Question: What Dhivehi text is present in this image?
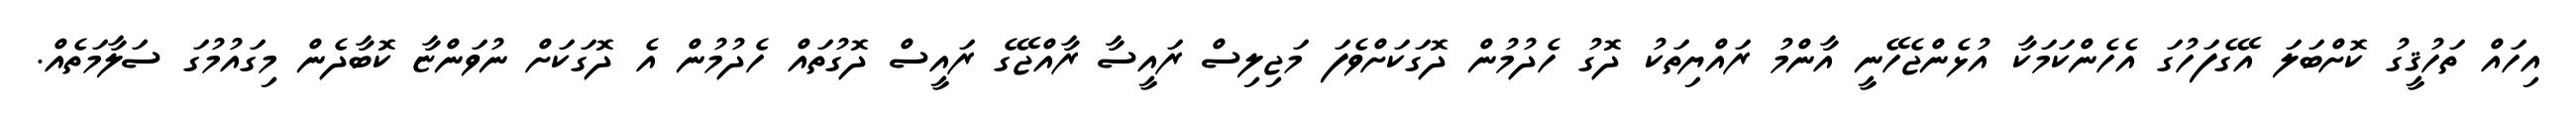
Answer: އިހައް ތަހުޤީގު ކޮށްބަލަ އޭގެފަހުގަ އެހެންކަމަކާ އުޅެންޖެހޭނީ އާންމު ރައްޔިތަކު ދޮގު ހެދުމުން ދޮގަކަށްވެފަ މަޖިލިސް ރައީސާ ރާއްޖޭގެ ރައީސް ދޮގުތައް ހެދުމުން އެ ދޮގަކަށް ނުވަންޏާ ކޮބާދެން މިގައުމުގަ ސަލާމަތެއް.